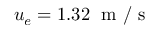
u _ { e } = 1 . 3 2 \; \mathrm { ~ m ~ / ~ s ~ }